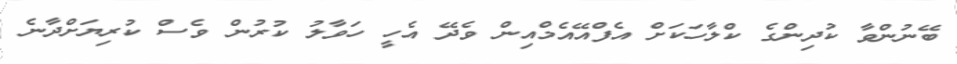
ބޭނުންވާ ކުދިންގެ ކްލާހަކަށް އެފްއޭއެމްއިން ވެދޭ އެހީ ހަވާލު ކުރުން ވެސް ކުރިޔަށްދާނެ